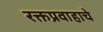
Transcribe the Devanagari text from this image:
रक्तप्रवाहाचे